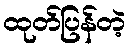
ထုတ်ပြန်တဲ့